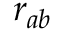
r _ { a b }